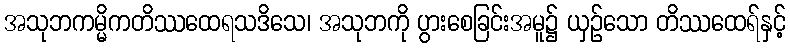
အသုဘကမ္မိကတိဿထေရသဒိသေ၊ အသုဘကို ပွားစေခြင်းအမူ၌ ယှဉ်သော တိဿထေရ်နှင့်